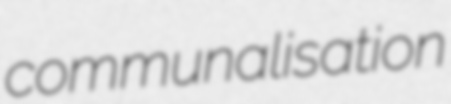
communalisation